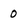
Character: 0